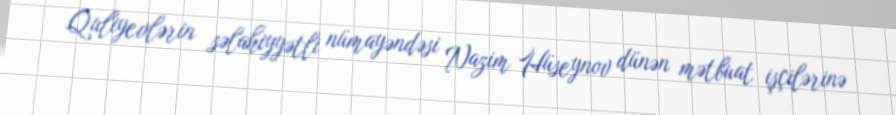
Quliyevlərin səlahiyyətli nümayəndəsi Nazim Hüseynov dünən mətbuat işçilərinə